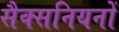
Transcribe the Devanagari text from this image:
सैक्सनियनों